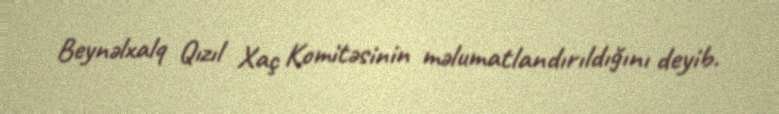
Beynəlxalq Qızıl Xaç Komitəsinin məlumatlandırıldığını deyib.